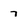
Character: 7